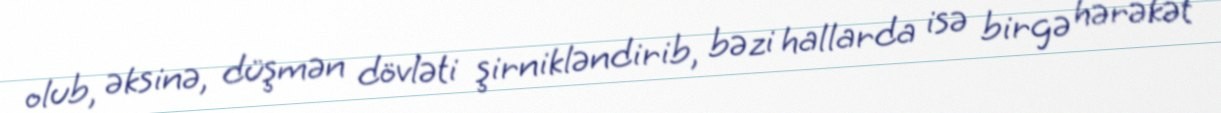
olub, əksinə, düşmən dövləti şirnikləndirib, bəzi hallarda isə birgə hərəkət